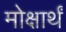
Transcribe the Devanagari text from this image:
मोक्षार्थं